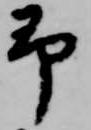
予